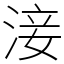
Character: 淁